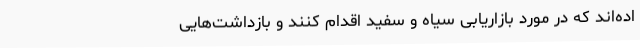
اده‌اند که در مورد بازاریابی سیاه و سفید اقدام کنند و بازداشت‌هایی